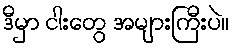
ဒီမှာ ငါးတွေ အများကြီးပဲ။